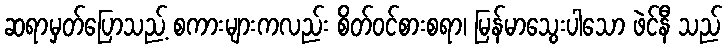
ဆရာမှတ်ပြောသည့် စကားများကလည်း စိတ်ဝင်စားစရာ၊ မြန်မာသွေးပါသော ဖဲင်နီ သည်